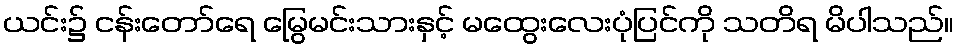
ယင်း၌ ငန်းတော်ရေ မြွေမင်းသားနှင့် မထွေးလေးပုံပြင်ကို သတိရ မိပါသည်။